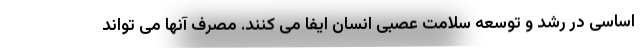
اساسی در رشد و توسعه سلامت عصبی انسان ایفا می کنند. مصرف آنها می تواند